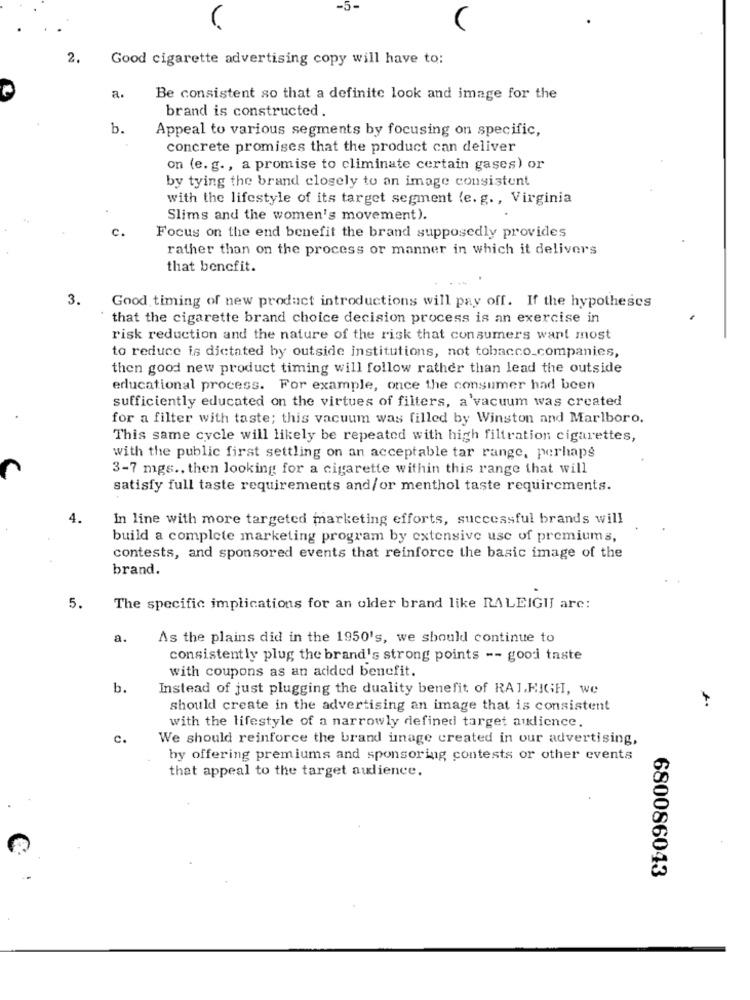
2.
Good cigarette advertising copy will have to:
a.
Be consistent so that a definite look and image for the
brand is constructed .
b.
Appeal to various segments by focusing on specific,
concrete promises that the product can deliver
on (e. g ., a promise to climinate certain gases) or
by tying the brand closely to an image consistent
with the lifestyle of its target segment (e. g ., Virginia
Slims and the women's movement).
c.
Focus on the end benefit the brand supposedly provides
rather than on the process or manner in which it delivers
that benefit.
- +4
3.
Good timing of new product introductions will pay off. If the hypotheses
that the cigarette brand choice decision process is an exercise in
risk reduction and the nature of the risk that consumers want most
to reduce is dictated by outside institutions, not tobacco_companies,
then good new product timing will follow rather than lead the outside
educational process. For example, once the consumer had been
sufficiently educated on the virtues of filters, a'vacuum was created
for a filter with taste; this vacuum was filled by Winston and Marlboro.
This same cycle will likely be repeated with high filtration cigarettes,
with the public first settling on an acceptable tar range, perhaps
3-7 mgs ., then looking for a cigarette within this range that will
satisfy full taste requirements and/or menthol taste requirements.
4.
In line with more targeted marketing efforts, successful brands will
build a complete marketing program by extensive use of premiums,
contests, and sponsored events that reinforce the basic image of the
brand.
5.
The specific implications for an older brand like RALEIGH arc:
a.
As the plains did in the 1950's, we should continue to
consistently plug the brand's strong points -- good taste
with coupons as an added benefit.
b.
Instead of just plugging the duality benefit of RALEIGH, we
should create in the advertising an image that is consistent
with the lifestyle of a narrowly defined target audience.
C.
We should reinforce the brand image created in our advertising,
by offering premiums and sponsoring contests or other events
that appeal to the target audience.
680086043